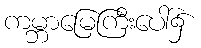
ကမ္ဘာမြေကြီးပေါ်၌